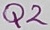
Text: Q2